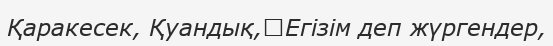
Қаракесек, Қуандық,	Егізім деп жүргендер,